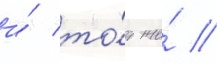
и́ то́т же́ //